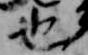
也